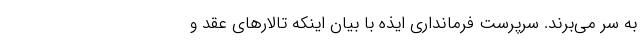
به سر می‌برند. سرپرست فرمانداری ایذه با بیان اینکه تالارهای عقد و